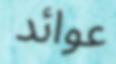
عوائد